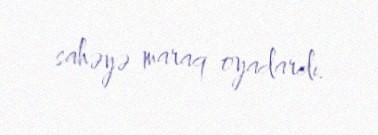
sahəyə maraq oyadardı.